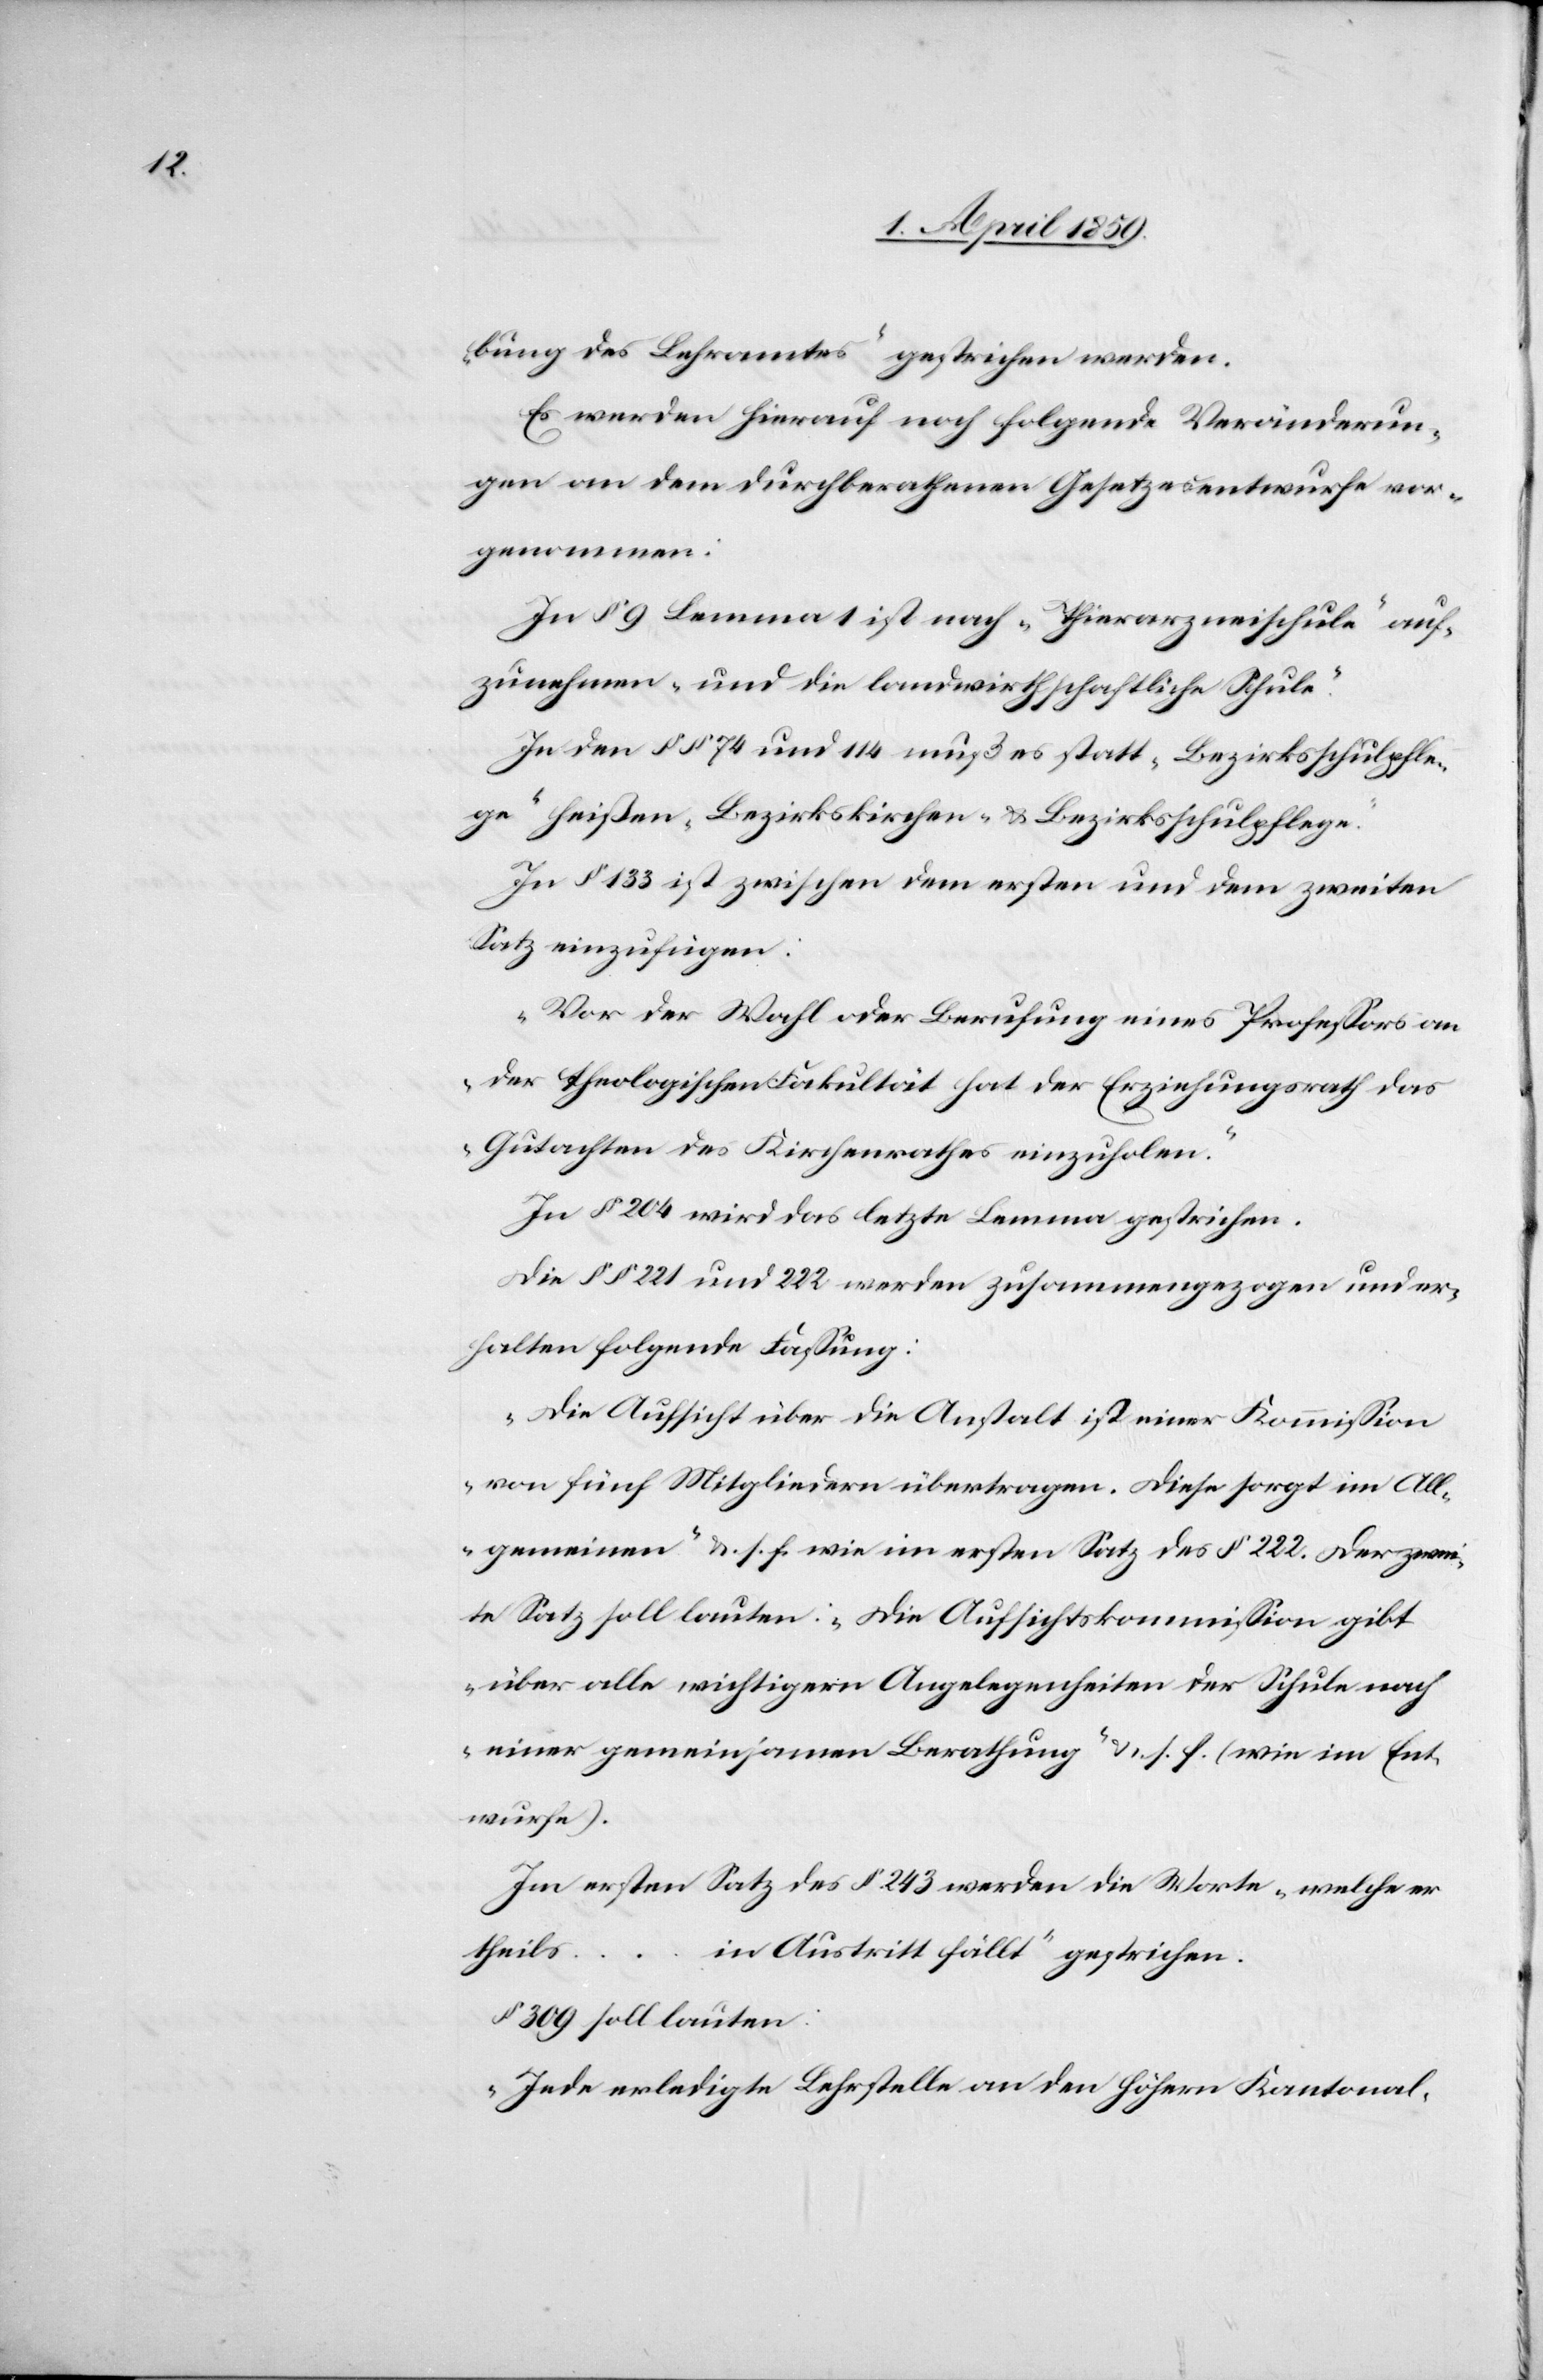
bung des Lehramtes“ gestrichen werden.
Es werden hierauf noch folgende Veränderun¬
gen an dem durchberathenen Gesetzesentwurfe vor¬
genommen:
In § 9 Lemma 1 ist nach „Thierarzneischule“ auf¬
zunehmen „und die landwirthschaftliche Schule“.
In den § § 74 und 114 muß es statt „Bezirksschulpfle¬
ge“ heißen „Bezirkskirchen- & Bezirksschulpflege“.
In § 133 ist zwischen dem ersten und dem zweiten
Satz einzufügen:
„Vor der Wahl oder Berufung eines Profeßors an
der theologischen Fakultät hat der Erziehungsrath das
Gutachten des Kirchenrathes einzuholen.“
In § 204 wird das letzte Lemma gestrichen.
Die § § 221 und 222 werden zusammengezogen und er¬
halten folgende Faßung:
„Die Aufsicht über die Anstalt ist einer Kommißion
von fünf Mitgliedern übertragen. Diese sorgt im All¬
gemeinen“ u. s. f. wie im ersten Satz des § 222. Der zwei¬
te Satz soll lauten: „Die Aufsichtskommißion gibt
über alle wichtigern Angelegenheiten der Schule nach
einer gemeinsamen Berathung“ u. s. f. (wie im Ent¬
wurfe).
Im ersten Satz des § 243 werden die Worte „welche er
theil¬
s....in Austritt fällt“ gestrichen.
§ 309 soll lauten:
„Jede erledigte Lehrstelle an den höhern Kantonal-